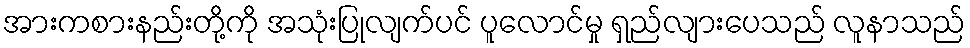
အားကစားနည်းတို့ကို အသုံးပြုလျက်ပင် ပူလောင်မှု ရှည်လျားပေသည် လူနာသည်